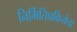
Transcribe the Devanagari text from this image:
निर्मितिप्रकियेचा